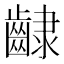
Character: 𮯊